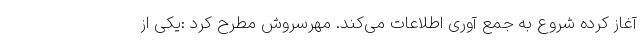
آغاز کرده شروع به جمع آوری اطلاعات می‌کند. مهرسروش مطرح کرد :یکی از